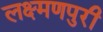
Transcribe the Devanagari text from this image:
लक्ष्मणपुरी